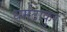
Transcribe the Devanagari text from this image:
धर्मठाकुर